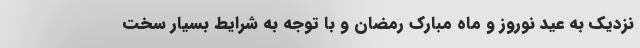
نزدیک به عید نوروز و ماه مبارک رمضان و با توجه به شرایط بسیار سخت